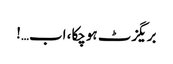
بریگزٹ ہوچکا، اب…!